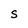
Character: S